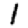
Digit: 1